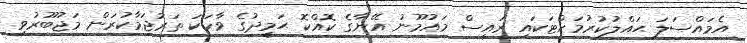
އެމައްސަލަ ޙައްލުކުރުމަށްޓަކައި ރައީސް މައުމޫނު އޭނާގެ ކޮއްކޮ ޙަމީދުގެ ވާހަކަ ތަރުޖަމާކުރަން މަޖުބޫރުވި